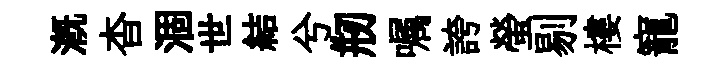
溉杳涸世結兮剏嘱誇螢剔樓寵